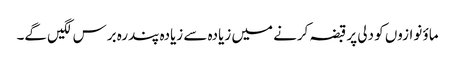
ماؤ نوازوں کو دلی پر قبضہ کرنے میں زیادہ سے زیادہ پندرہ برس لگیں گے۔